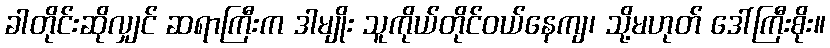
ခါတိုင်းဆိုလျှင် ဆရာကြီးက ဒါမျိုး သူကိုယ်တိုင်ဝယ်နေကျ၊ သို့မဟုတ် ဒေါ်ကြီးစိုး။